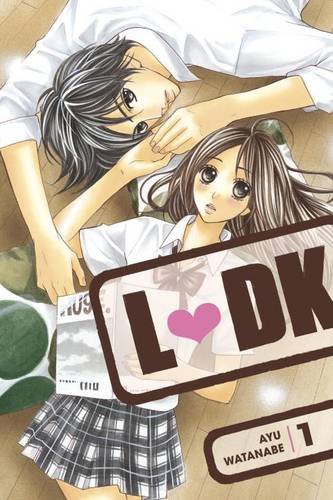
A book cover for LDK 1; Ayu Watanabe; Comics & Graphic Novels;